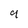
Character: 9